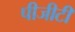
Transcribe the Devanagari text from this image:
पीजीटी